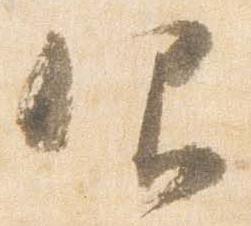
仰